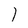
Character: I